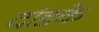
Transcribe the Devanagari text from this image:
दांडके